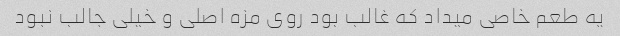
یه طعم خاصی میداد که غالب بود روی مزه اصلی و خیلی جالب نبود